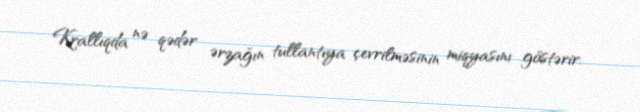
Krallıqda nə qədər ərzağın tullantıya çevrilməsinin miqyasını göstərir.